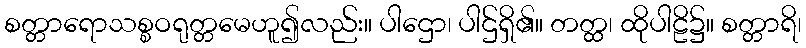
စတ္တာရောသစ္စဝရုတ္တမေဟူ၍လည်း။ ပါဌော၊ ပါဌ်ရှိ၏။ တတ္ထ၊ ထိုပါဠိ၌။ စတ္တာရိ၊